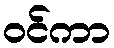
ဝင်ကာ